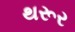
થરૂર